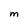
Character: M